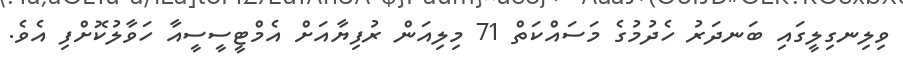
ވިލިނގިލީގައި ބަނދަރު ހެދުމުގެ މަސައްކަތް 71 މިލިއަން ރުފިޔާއަށް އެމްޓީސީސީއާ ހަވާލުކޮށްފި އެވެ.